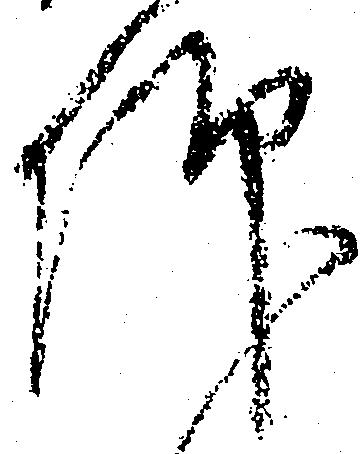
仰